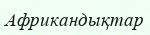
Африкандықтар